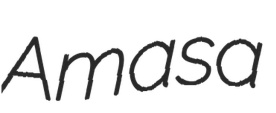
Amasa